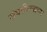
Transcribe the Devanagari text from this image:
संघाविरुद्धच्या